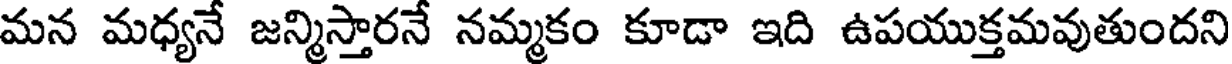
మన మధ్యనే జన్మిస్తారనే నమ్మకం కూడా ఇది ఉపయుక్తమవుతుందని